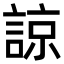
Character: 諒